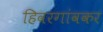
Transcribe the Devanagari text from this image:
हिवरगांवकर